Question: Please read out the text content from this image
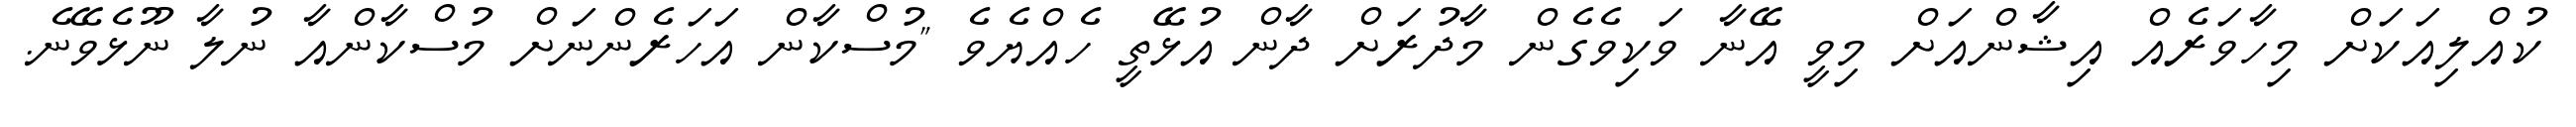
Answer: ކުއްލިއަކަށް މިހާވަރެއް އިޝާންއަށް މިވީ އޭނާ ވަކިވެގެން މާދުރަށް ދާން އުޅޭތީ ހެއްޔެވެ "މުސްކާން އަހަރެންނަށް މުސްކާންއާ ނުލާ ނޫޅެވޭނެ.